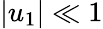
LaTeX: |u_{1}|\ll 1